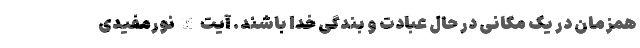
همزمان در یک مکانی در حال عبادت و بندگی خدا باشند. آیت الله نورمفیدی